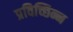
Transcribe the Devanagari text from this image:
प्रविच्छिन्न